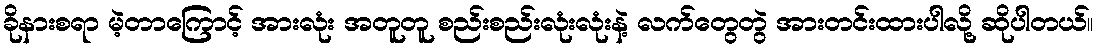
ခိုနားစရာ မဲ့တာကြောင့် အားလုံး အတူတူ စည်းစည်းလုံးလုံးနဲ့ လက်တွေတွဲ အားတင်းထားပါလို့ ဆိုပါတယ်။